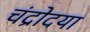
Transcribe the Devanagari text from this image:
चंद्रोदया